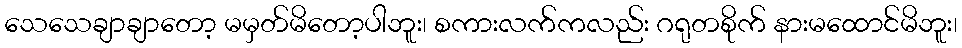
သေသေချာချာတော့ မမှတ်မိတော့ပါဘူး၊ စကားလက်ကလည်း ဂရုတစိုက် နားမထောင်မိဘူး၊